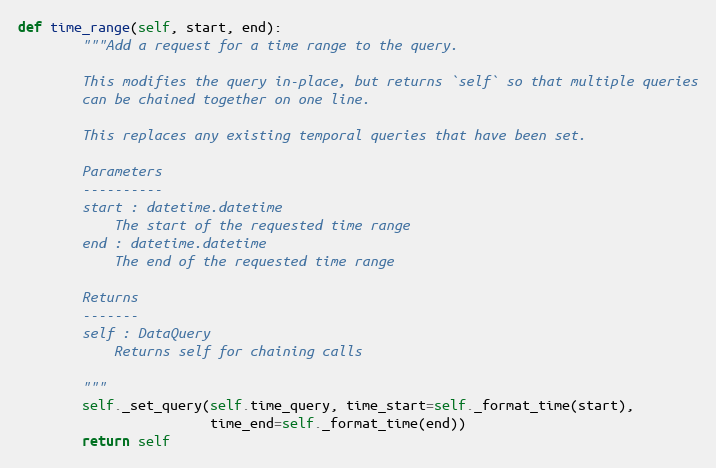
Language: Python
def time_range(self, start, end):
        """Add a request for a time range to the query.

        This modifies the query in-place, but returns `self` so that multiple queries
        can be chained together on one line.

        This replaces any existing temporal queries that have been set.

        Parameters
        ----------
        start : datetime.datetime
            The start of the requested time range
        end : datetime.datetime
            The end of the requested time range

        Returns
        -------
        self : DataQuery
            Returns self for chaining calls

        """
        self._set_query(self.time_query, time_start=self._format_time(start),
                        time_end=self._format_time(end))
        return self